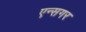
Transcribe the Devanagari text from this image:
एन्सगर